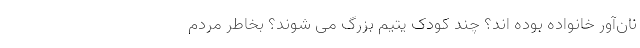
نان‌آور خانواده بوده اند؟ چند کودک یتیم بزرگ می شوند؟ بخاطر مردم